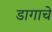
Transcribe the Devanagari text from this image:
डागाचे